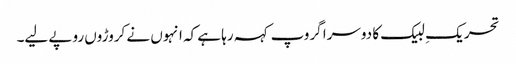
تحریکِ لبیک کا دوسرا گروپ کہہ رہا ہے کہ انہوں نے کروڑوں روپے لیے۔